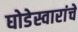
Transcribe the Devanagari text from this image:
घोडेस्वारांचे